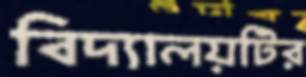
বিদ্যালয়টির